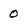
Character: 0